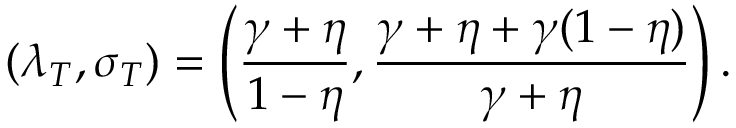
( \lambda _ { T } , \sigma _ { T } ) = \left( \frac { \gamma + \eta } { 1 - \eta } , \frac { \gamma + \eta + \gamma ( 1 - \eta ) } { \gamma + \eta } \right) .